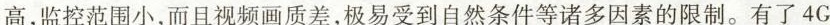
高，监控范围小，而且视频画质差，极易受到自然条件等诸多因素的限制。有了4G